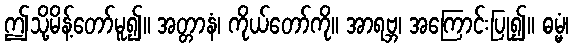
ဤသို့မိန့်တော်မူ၍။ အတ္တာနံ၊ ကိုယ်တော်ကို။ အာရဗ္ဘ၊ အကြောင်းပြု၍။ ဓမ္မံ၊